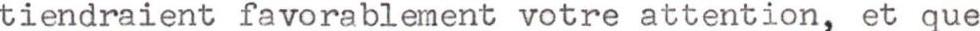
tiendraient favorablement votre attention, et que